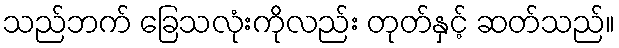
သည်ဘက် ခြေသလုံးကိုလည်း တုတ်နှင့် ဆတ်သည်။